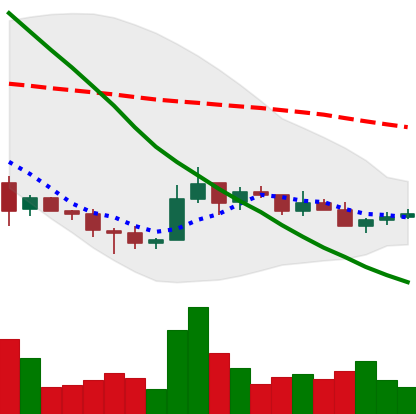
Ticker: TRX-USD
Chart end date: 2018-12-09
Forward return: -6.239%
Label: down_5_7